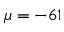
\mu = - 6 1